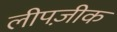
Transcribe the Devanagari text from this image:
लीपज़ीक